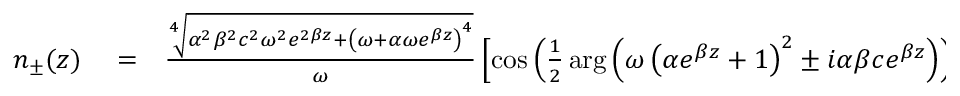
\begin{array} { r l r } { n _ { \pm } ( z ) } & { { } = } & { \frac { \sqrt [ 4 ] { \alpha ^ { 2 } \beta ^ { 2 } c ^ { 2 } \omega ^ { 2 } e ^ { 2 \beta z } + \left( \omega + \alpha \omega e ^ { \beta z } \right) ^ { 4 } } } { \omega } \left[ \cos \left( \frac { 1 } { 2 } \arg \left( \omega \left( \alpha e ^ { \beta z } + 1 \right) ^ { 2 } \pm i \alpha \beta c e ^ { \beta z } \right) \right) \right. } \end{array}